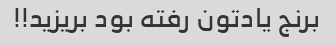
برنج یادتون رفته بود بریزید!!